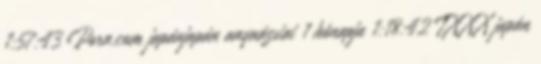
1:57:43 Porn.com japánjapán anyaázsiai 1 hónapja 1:18:42 TXXX japán